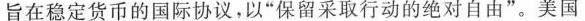
旨在稳定货币的国际协议，以”保留采取行动的绝对自由”。美国